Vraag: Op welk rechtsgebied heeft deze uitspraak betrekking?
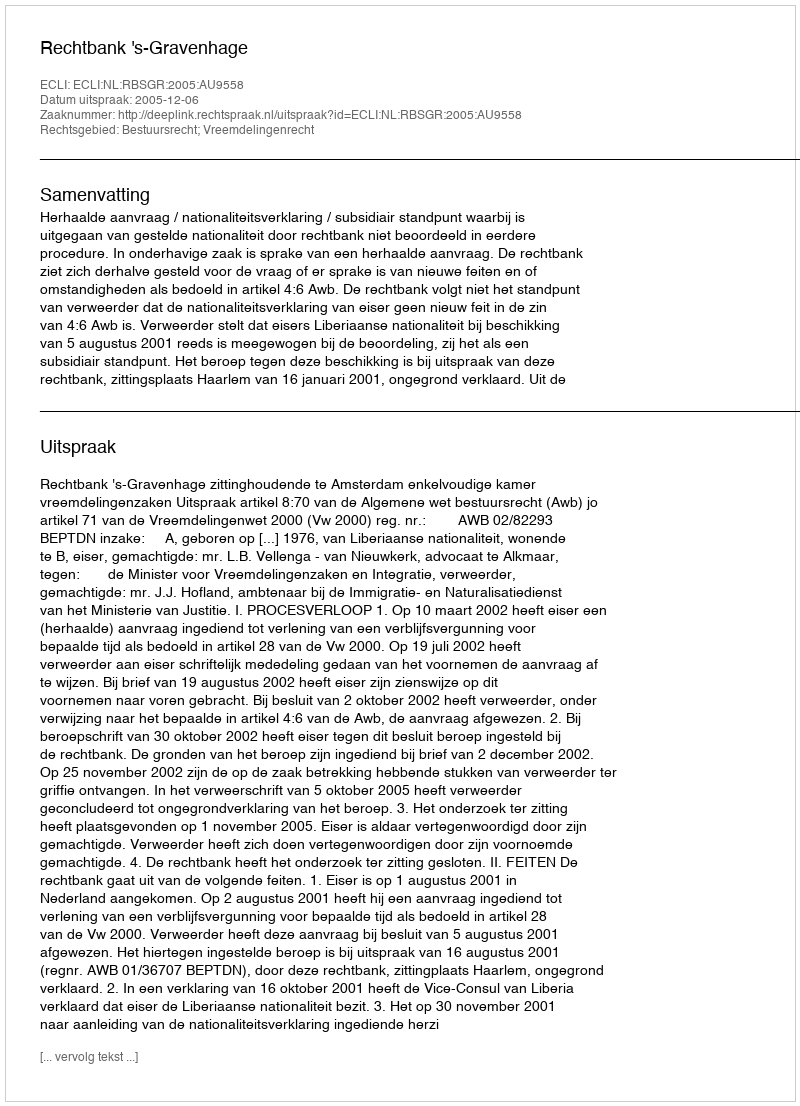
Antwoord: Bestuursrecht; Vreemdelingenrecht